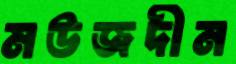
মউজদীন